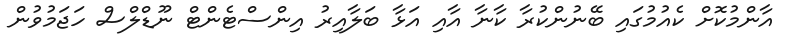
އާންމުކޮށް ކެއުމުގައި ބޭނުންކުރާ ކާނާ އާއި އަޅާ ބަލާއިރު އިންސްޓެންޓް ނޫޑްލްސް ހަޖަމުވުން